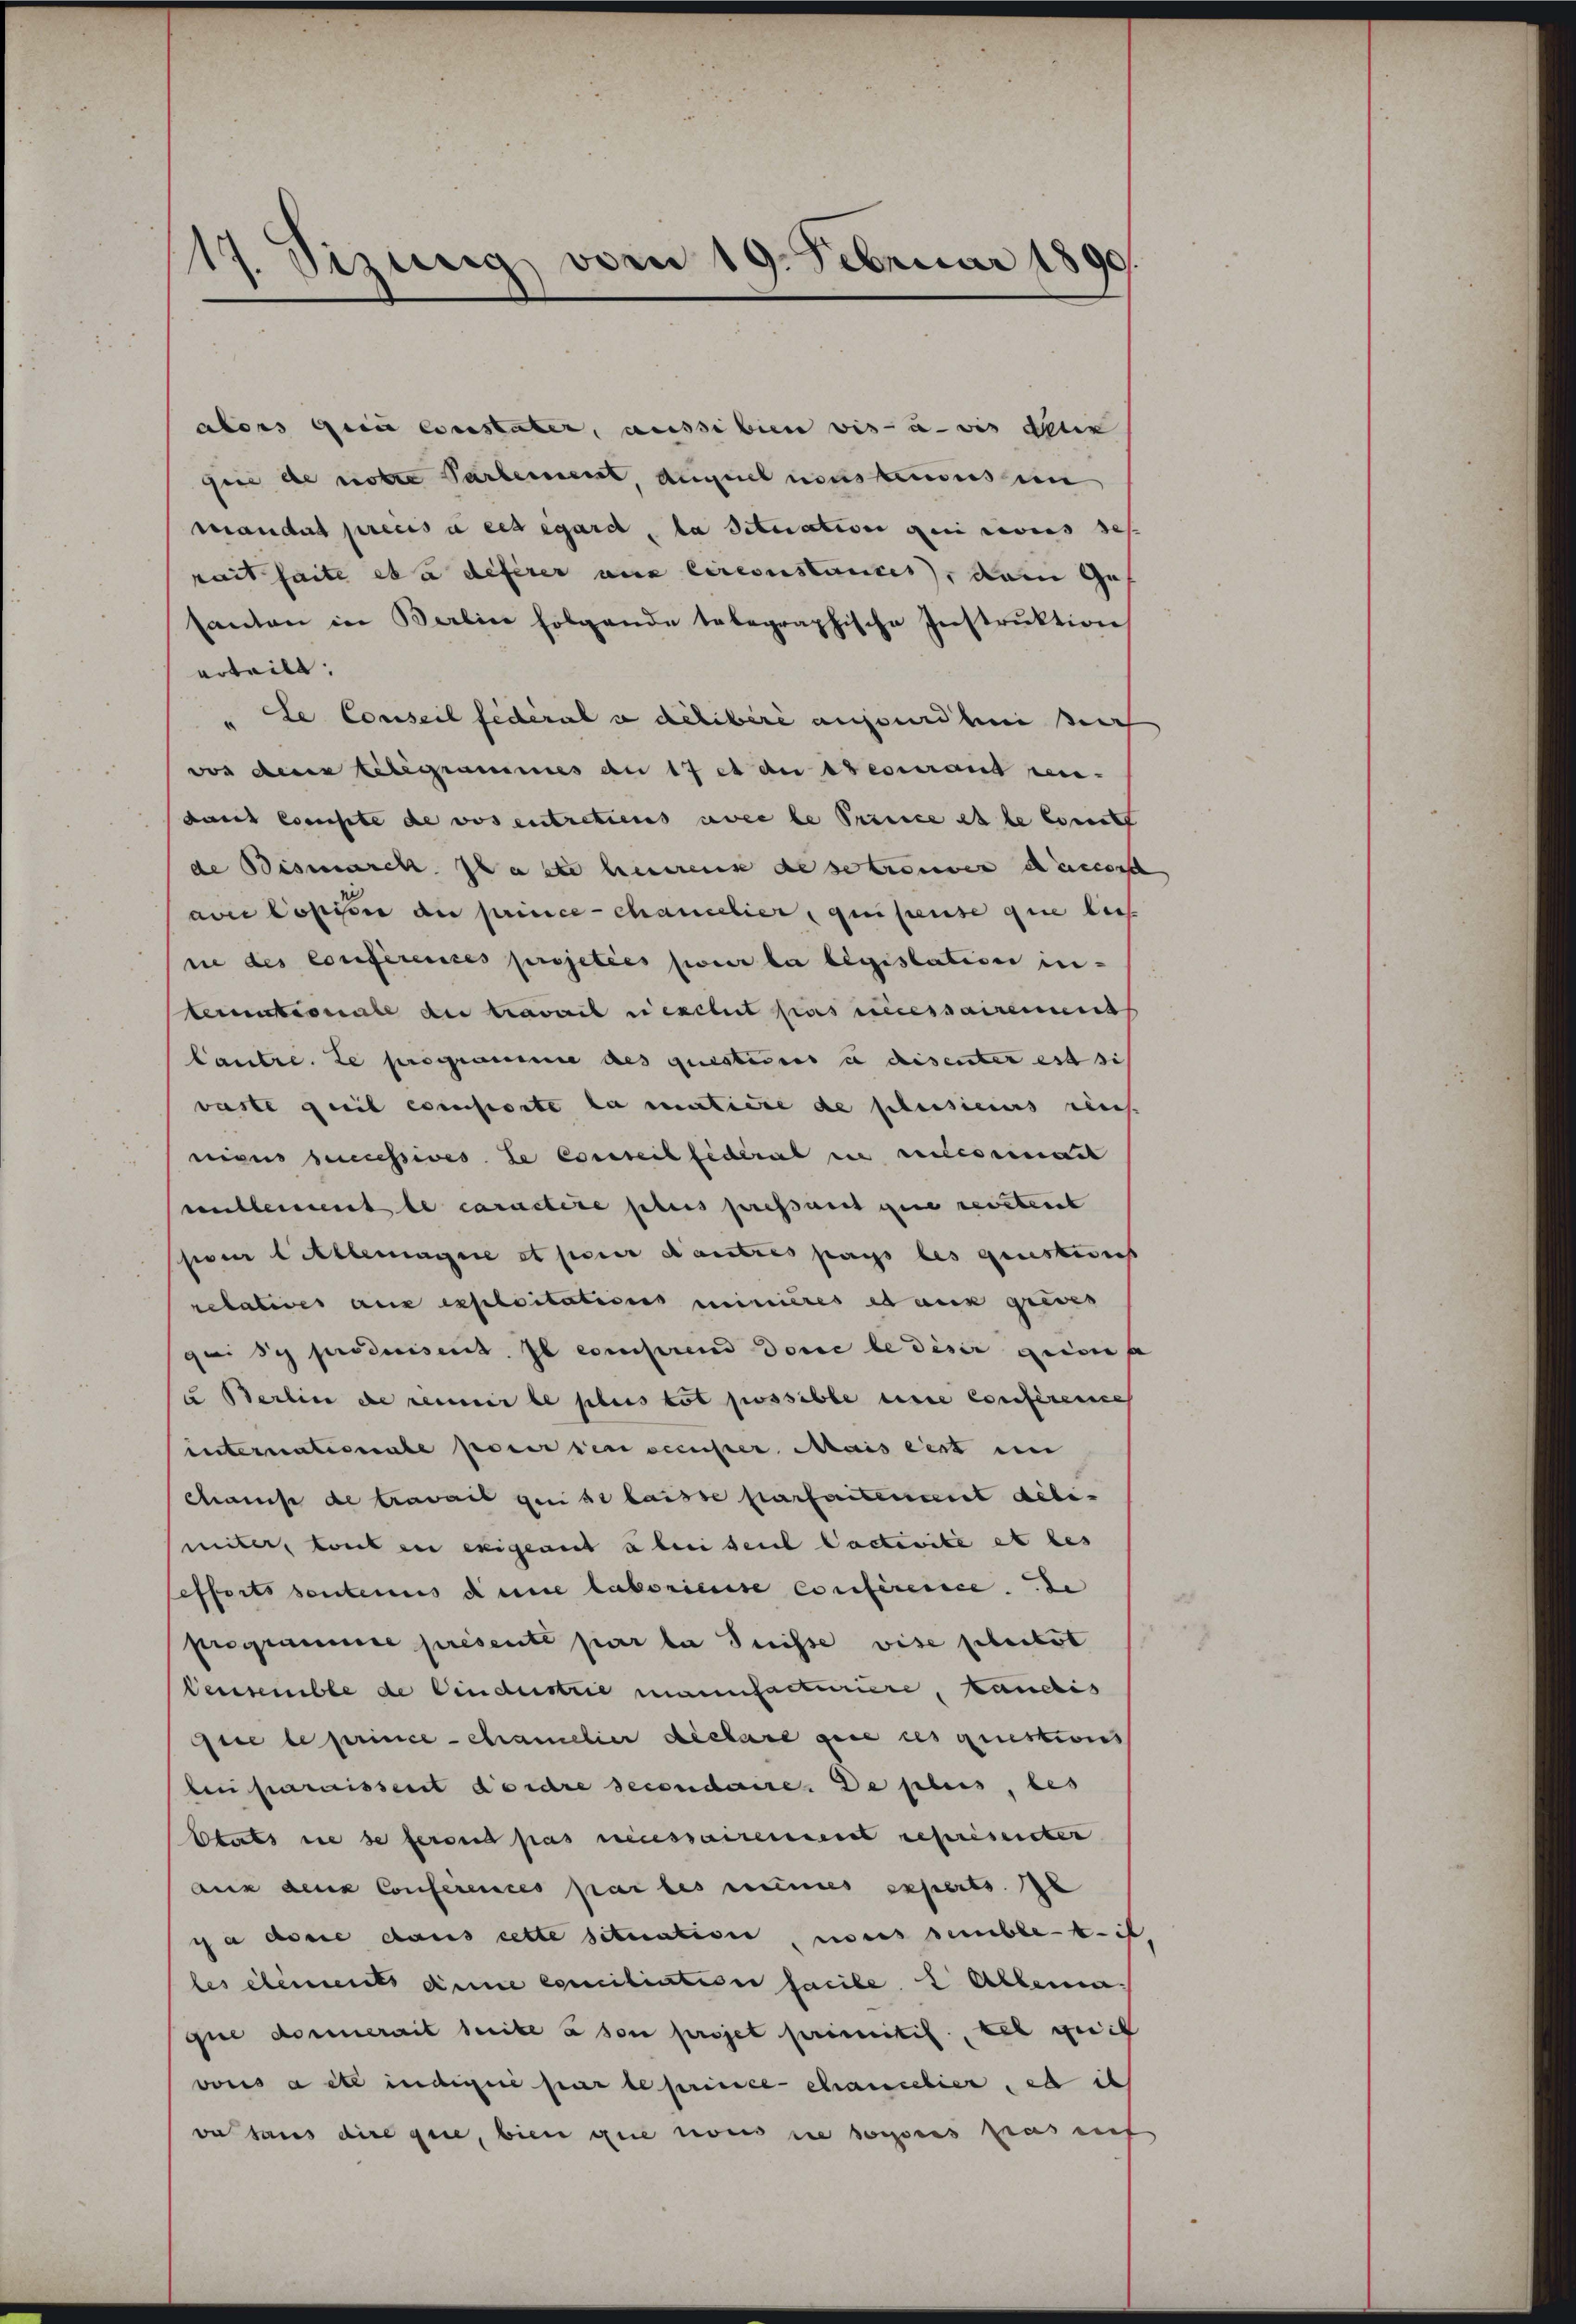
.
17. Sizung von 19. Februar 1890.

alors gern Constater, aussi bien vis-à-vis denen
fice de notte Partement, durch neus tenus in
Mandat précis a ces egard, la situation au reis des
rait faite et à deferer aus Circonstances, dem Ges
santon in Berlin folgende tabegraphische Instrŭktion
erteilt.
de Conseil fédéral a delibere aufsarbei sich
vos denn telegrammes am 17 et de securant ren-
daut compte de vos entretiens avec le Prince et le cont
de Bismarch. Faste heimreis de se trouver daccoisch
avi Copie de prince-chancelier, qui pense que lief
sie des Conferences projetées pour la législation in
ternationale du travait riesclut pas necessairement
Cautre. Le programme des questicis u disenter est sich
warte geiib excessorte la matiere de plusieurs reich
niens bemessives le Conseitsiderat die vilcommat
millement le caractire plus pressant gene revetent
siren Allemagne et parer Kautres pas les questices
relatives aus exploitations minieres et aus grades
qui se produisent. Il comprend dene le diser geiden s
u Berlin de renir le plus tot possible eine Conference
internationale parer den sceuster Mais erst in
chanis de travait qui de laisse parfaitement debi
miter, laut ein exigent u beri seit Pactivité et des
fefferts sentenus diene laboricuse conférence de
Programme présente par la Suisse vise geberbot
Vensemble de Vindustrie manufacturiere, kandis
ie le prince-chamelier declare gere ces questions
beni paraissert dordre secondaire. Da plus, bes
Etats die se feront pas necessairement représenten
aus den Conferences par les meines experts. e
ca desse dans cette situativer, nous semblet. il
les elements diene exmiliation facile. 2 Allema
que dorenerait seite à son projet primitif, bei weil
vonis acte indigne par le prince chancelier, es ih
va taus dire gere, bien sie nous sie sous pas auf